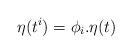
LaTeX: \begin{align*}\eta(t^i)=\phi_i.\eta(t)\end{align*}